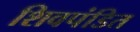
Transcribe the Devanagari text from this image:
शिवपंडित